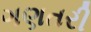
ગણતરી